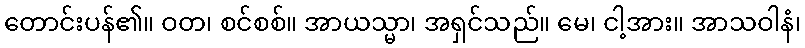
တောင်းပန်၏။ ဝတ၊ စင်စစ်။ အာယသ္မာ၊ အရှင်သည်။ မေ၊ ငါ့အား။ အာသဝါနံ၊